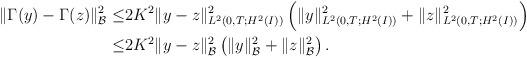
LaTeX: \begin{align*} \|\Gamma(y)-\Gamma(z)\|_{\mathcal{B}}^2\leq& 2K^2\|y-z\|_{L^2(0,T;H^2(I))}^2\left(\| y\|_{L^2(0,T;H^2(I))}^2 +\|z\|_{L^2(0,T;H^2(I))}^2\right)\\\leq& 2K^2\|y-z\|_{\mathcal{B}}^2\left(\| y\|_{\mathcal{B}}^2 +\|z\|_{\mathcal{B}}^2\right). \end{align*}